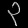
Digit: ၃